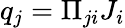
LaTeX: q_{j}=\Pi_{ji}J_{i}